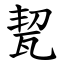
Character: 㼤